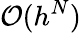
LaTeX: {\cal{O}}(h^{N})